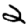
Digit: 2